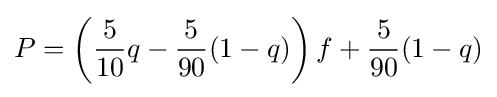
P=\left({\frac {5}{10}}q-{\frac {5}{90}}(1-q)\right)f+{\frac {5}{90}}(1-q)